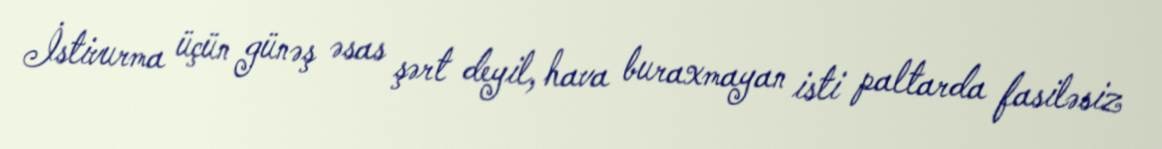
İstivurma üçün günəş əsas şərt deyil, hava buraxmayan isti paltarda fasiləsiz